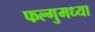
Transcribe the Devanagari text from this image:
फल्गुमध्या